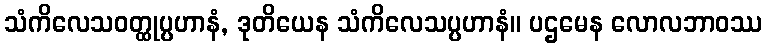
သံကိလေသဝတ္ထုပ္ပဟာနံ, ဒုတိယေန သံကိလေသပ္ပဟာနံ။ ပဌမေန လောလဘာဝဿ